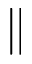
\parallel